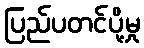
ပြည်ပတင်ပို့မှု